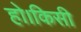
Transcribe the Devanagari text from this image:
हो।किसी